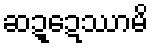
ဆဍ္ဍေဿာမိ